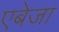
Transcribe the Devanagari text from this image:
एबेजा